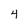
Character: 4